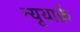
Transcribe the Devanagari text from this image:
न्यूयार्क़